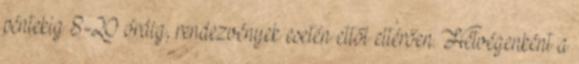
péntekig 8-20 óráig, rendezvények esetén ettől eltérően. Hétvégenként a